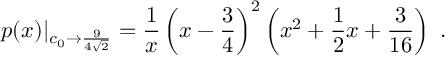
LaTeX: p ( x ) | _ { c _ { 0 } \to { \frac { 9 } { 4 \sqrt { 2 } } } } = { \frac { 1 } { x } } \left( x - { \frac { 3 } { 4 } } \right) ^ { 2 } \left( x ^ { 2 } + { \frac { 1 } { 2 } } x + { \frac { 3 } { 1 6 } } \right) \ .